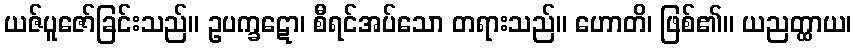
ယဇ်ပူဇော်ခြင်းသည်။ ဥပက္ခဋော၊ စီရင်အပ်သော တရားသည်။ ဟောတိ၊ ဖြစ်၏။ ယညတ္ထာယ၊